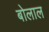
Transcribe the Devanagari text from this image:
बोलाल